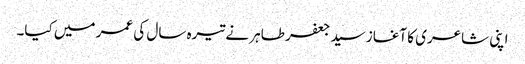
اپنی شاعری کا آغاز سید جعفر طاہر نے تیرہ سال کی عمر میں کیا۔